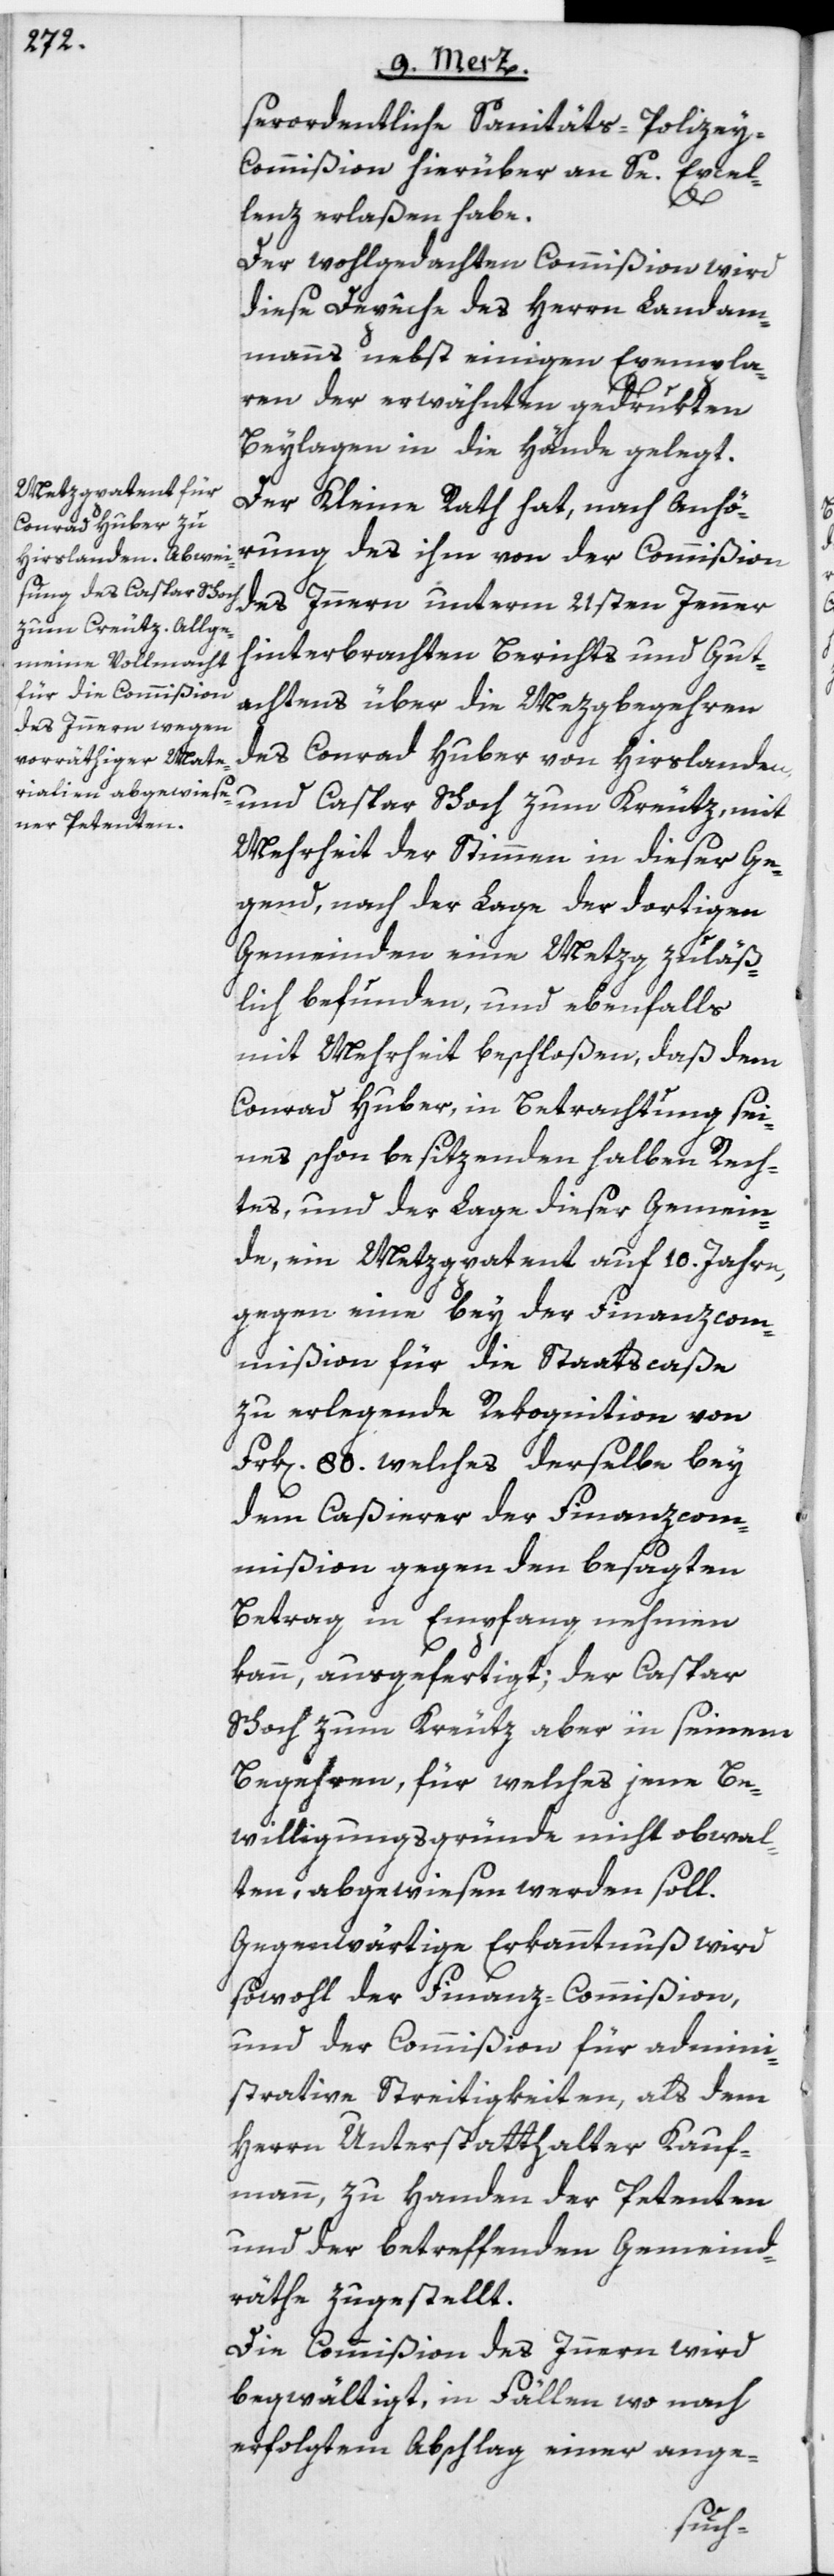
serordentliche Sanitäts-Polize¬
y-Commißion hierüber an Se. Excel¬
lenz erlaßen habe.
Der wohlgedachten Commißion wird
diese Depêche des Herrn Landam¬
manns nebst einigen Exempla¬
ren der erwähnten gedrukten
Beylagen in die Hände gelegt.
Der Kleine Rath hat, nach Anhö¬
rung des ihm von der Commißion
des Innern unterm 21sten Jenner
hinterbrachten Berichts und Gut¬
achtens über die Metzgbegehren
des Conrad Huber von Hirslanden
und Caspar Schoch zum Kreutz, mit
Mehrheit der Stimmen in dieser Ge¬
gend, nach der Lage der dortigen
Gemeinden eine Metzg zuläß¬
lich befunden, und ebenfalls
mit Mehrheit beschloßen, daß dem
Conrad Huber, in Betrachtung sei¬
nes schon besitzenden halben Rech¬
tes, und der Lage dieser Gemein¬
de, ein Metzgpatent auf 10. Jahre,
gegen eine bey der Finanzcom¬
mißion für die Staatscaße
zu erlegende Rekognition von
Frk[en]. 80. welches derselbe bey
dem Caßierer der Finanzcom¬
mißion gegen den besagten
Betrag in Empfang nehmen
kann, ausgefertigt; der Caspar
Schoch zum Kreutz aber in seinem
Begehren, für welches jene Be¬
willigungsgründe nicht obwal¬
ten, abgewiesen werden soll.
Gegenwärtige Erkanntnuß wird
sowohl der Finanz-Commißion,
und der Commißion für admini¬
strative Streitigkeiten, als dem
Herrn Unterstatthalter Kauf¬
mann, zu Handen der Petenten
und der betreffenden Gemeind¬
räthe zugestellt.
Die Commißion des Innern wird
begwältigt, in Fällen wo nach
erfolgtem Abschlag einer ange-